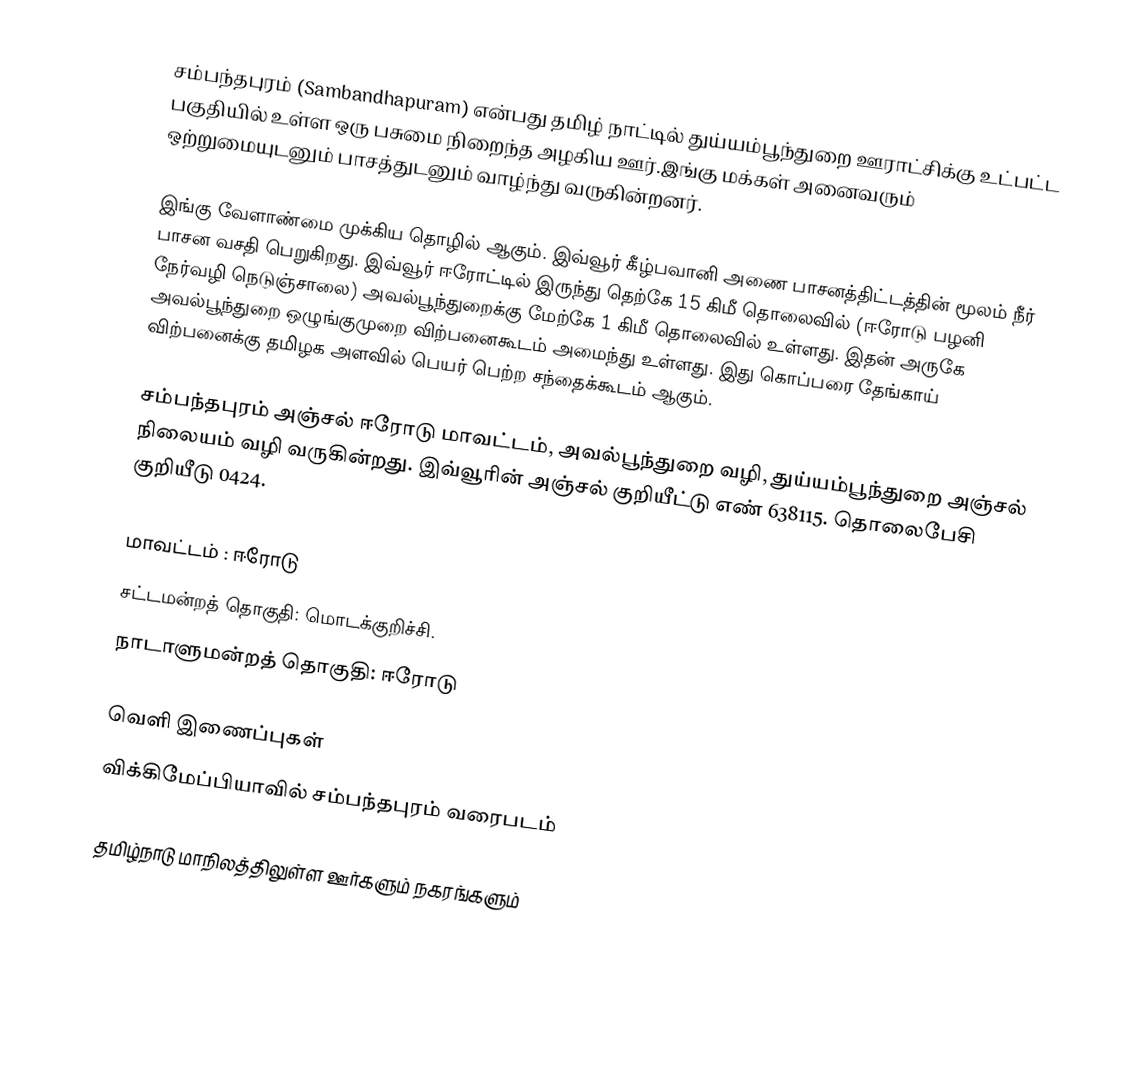
சம்பந்தபுரம் (Sambandhapuram) என்பது தமிழ் நாட்டில் துய்யம்பூந்துறை ஊராட்சிக்கு உட்பட்ட பகுதியில் உள்ள ஒரு பசுமை நிறைந்த அழகிய ஊர்.இங்கு மக்கள் அனைவரும் ஒற்றுமையுடனும் பாசத்துடனும் வாழ்ந்து வருகின்றனர்.

இங்கு வேளாண்மை முக்கிய தொழில் ஆகும். இவ்வூர் கீழ்பவானி அணை பாசனத்திட்டத்தின் மூலம் நீர் பாசன வசதி பெறுகிறது. இவ்வூர் ஈரோட்டில் இருந்து தெற்கே 15 கிமீ தொலைவில் (ஈரோடு பழனி நேர்வழி நெடுஞ்சாலை) அவல்பூந்துறைக்கு மேற்கே 1 கிமீ தொலைவில் உள்ளது. இதன் அருகே அவல்பூந்துறை ஒழுங்குமுறை விற்பனைகூடம் அமைந்து உள்ளது. இது கொப்பரை தேங்காய் விற்பனைக்கு தமிழக அளவில் பெயர் பெற்ற சந்தைக்கூடம் ஆகும்.

சம்பந்தபுரம் அஞ்சல் ஈரோடு மாவட்டம், அவல்பூந்துறை வழி, துய்யம்பூந்துறை அஞ்சல் நிலையம் வழி வருகின்றது. இவ்வூரின் அஞ்சல் குறியீட்டு எண் 638115. தொலைபேசி குறியீடு 0424.

மாவட்டம் : ஈரோடு
சட்டமன்றத் தொகுதி: மொடக்குறிச்சி.
நாடாளுமன்றத் தொகுதி: ஈரோடு

வெளி இணைப்புகள்
 விக்கிமேப்பியாவில் சம்பந்தபுரம் வரைபடம்

தமிழ்நாடு மாநிலத்திலுள்ள ஊர்களும் நகரங்களும்